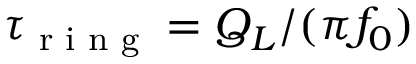
\tau _ { \textrm { r i n g } } = Q _ { L } / ( \pi f _ { 0 } )